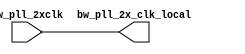
module bw_clk_cl_ctu_2xcmp(bw_pll_2x_clk_local ,bw_pll_2xclk );
output		bw_pll_2x_clk_local ;
input		bw_pll_2xclk ;
 
assign  bw_pll_2x_clk_local =  bw_pll_2xclk;
/*
wire		net10 ;
bw_u1_ckbuf_33x I3 (
     .clk             (net10 ),
     .rclk            (bw_pll_2xclk ) );
bw_u1_ckbuf_33x local_driver_3_ (
     .clk             (bw_pll_2x_clk_local ),
     .rclk            (net10 ) );
bw_u1_ckbuf_33x local_driver_4_ (
     .clk             (bw_pll_2x_clk_local ),
     .rclk            (net10 ) );
bw_u1_ckbuf_33x local_driver_1_ (
     .clk             (bw_pll_2x_clk_local ),
     .rclk            (net10 ) );
bw_u1_ckbuf_33x local_driver_2_ (
     .clk             (bw_pll_2x_clk_local ),
     .rclk            (net10 ) );
bw_u1_ckbuf_33x local_driver_0_ (
     .clk             (bw_pll_2x_clk_local ),
     .rclk            (net10 ) );
*/
endmodule